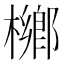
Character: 𣜼